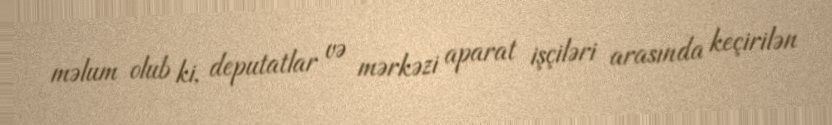
məlum olub ki, deputatlar və mərkəzi aparat işçiləri arasında keçirilən